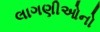
લાગણીઓનો